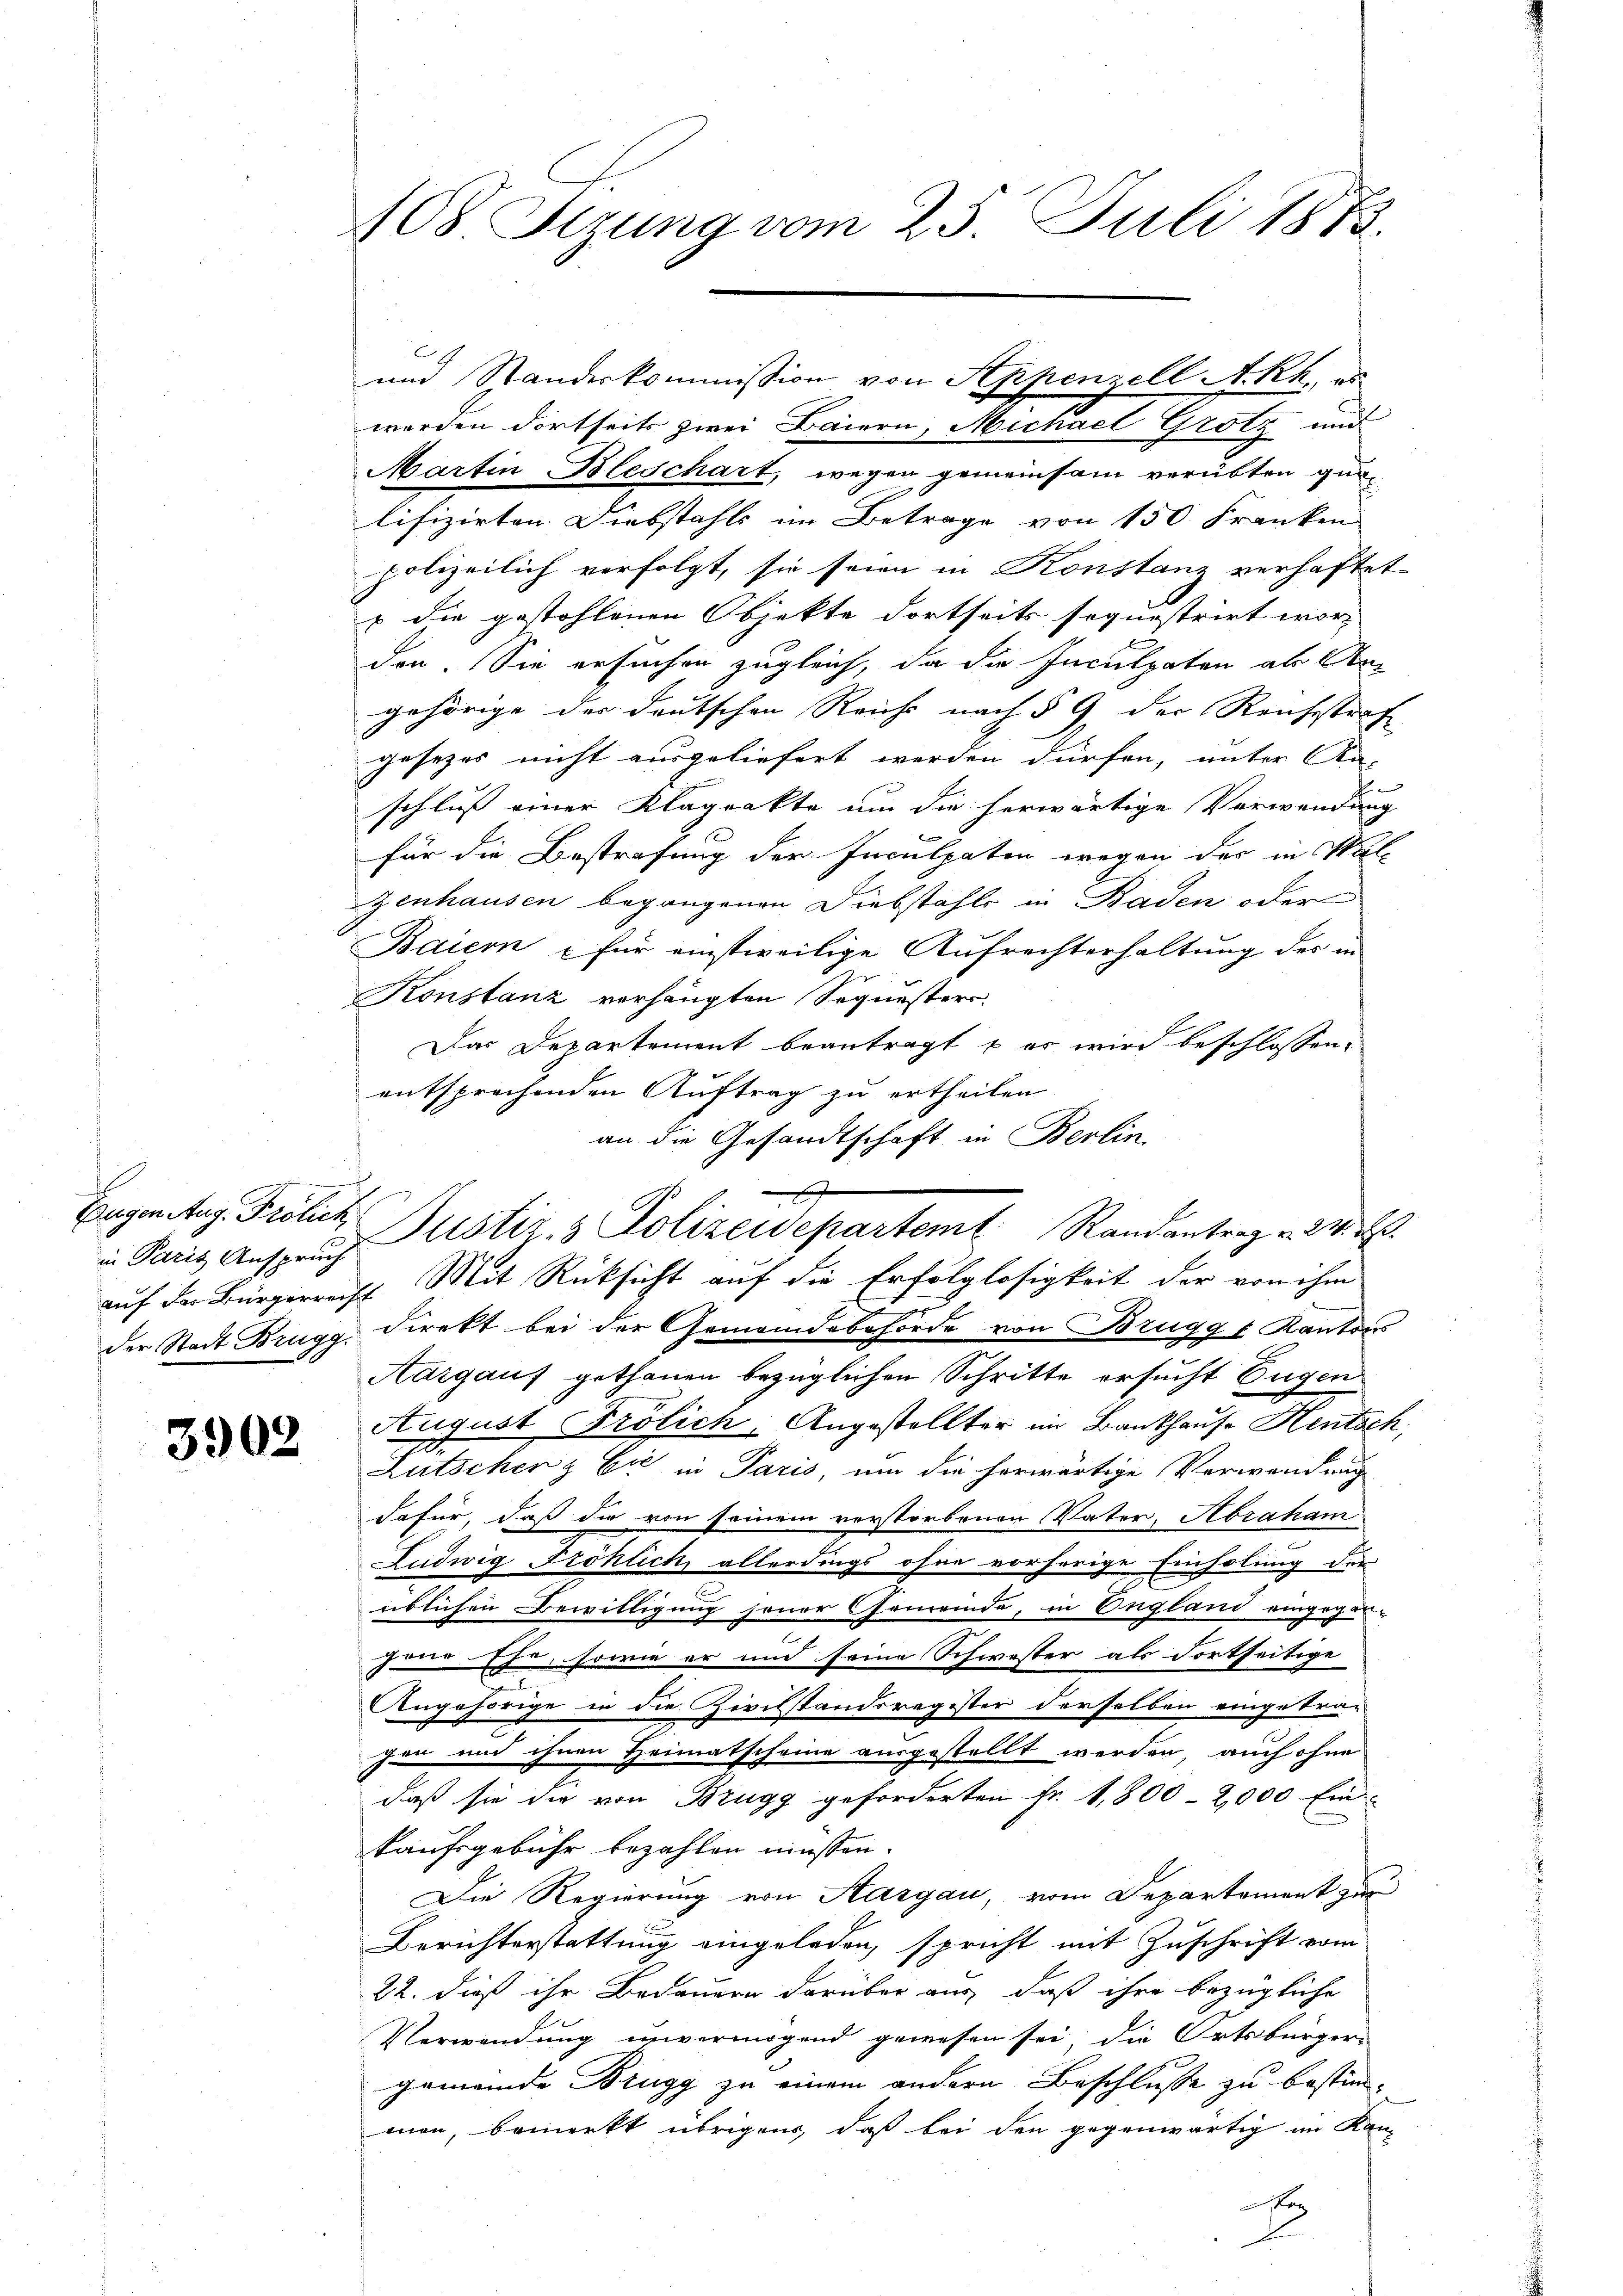
Eugen Aug. Frölich
in Paris Anspruch
auf der Bürgerrecht
der Stadt Brugg.

3902

108. Sezung vom 25. Juli 1883.

Martin Bleschart, wegen gemeinsam verübten gulifizirten Diebstahls im Betrage von 150 Franken
polizeilich verfolgt, sie seien in Konstanz verhaftet
u die gestohlenen Objekte dortseits sequestrirt wor
den. Sie ersuchen zugleich, da die Inculpaten ab An
gehörige der deutschen Reichs nach § 9 der Reichstraf
gesetzes nicht ausgeliefert werden dürfen, unter An-
2
schluß einer Klagrakte um die herwärtige Verwendung
für die Bestrafung der Inculpaten wegen der in Wal¬
Zenhausen begangenen Diebstahls in Baden oder
Baiern - für einstweilige Aufrechterhaltung des in
Konstanz verhängten Sequester.
Das Departement beantragt u es wird beschlossen,
entsprechenden Auftrag zu ertheilen
an die Gesandtschaft in Berlin
Mit Rücksicht auf die Erfolglosigkeit der von ihm
direkt bei der Gemeindebehörde von Brugg & Kantons
Aargaus gethanen bezüglichen Schritte ersucht Eugen
August Prölich: Angestellter im Bankhause Hentsch,
Lutscher & Cie in Paris, um die herwärtige Verwendung
dafür, daß die von seinem verstorbenen Vater, Abraham
Ludwig Fröhlich allerdings ohne vorherige Einholung der
e
üblichen Bewilligung jener Gemeinde, in England eingegen-
gene Ehe sowie er und seine Schwester als dortseitige
Augehörige in die Zivilstandsregister derselben eingetra-
gen und ihnen Heimatscheine ausgestellt werden, auch ohne
daß sie die von Brugg geforderten Fr. 1,800 - 2,000 Ein-
kaufsgebühr bezahlen müssen.
Die Regierung von Aargau, vom Departement zur
E
Berichterstattung eingeladen, spricht mit Zuschrift vom
22. dieß ihr Bedauern darüber aus, daß ihre bezügliche
Verwendung unvermögend gewesen sei, die Ortsbürger-
gemeinde Brugg zu einem andern Beschlusse zu bestimmen, bemerkt übrigen, daß bei den gegenwärtig im Kam
Ex

und Standeskommission von Appenzell A.Rh., es
werden dortseits zwei Baiern, Michael Grotz und

Justiz- & Polizeidepartemt. Randantrage der E